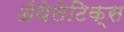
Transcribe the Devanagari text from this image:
ॲथेलेटिक्स